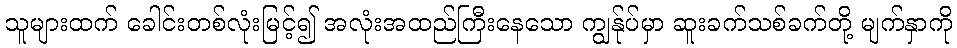
သူများထက် ခေါင်းတစ်လုံးမြင့်၍ အလုံးအထည်ကြီးနေသော ကျွန်ုပ်မှာ ဆူးခက်သစ်ခက်တို့ မျက်နှာကို